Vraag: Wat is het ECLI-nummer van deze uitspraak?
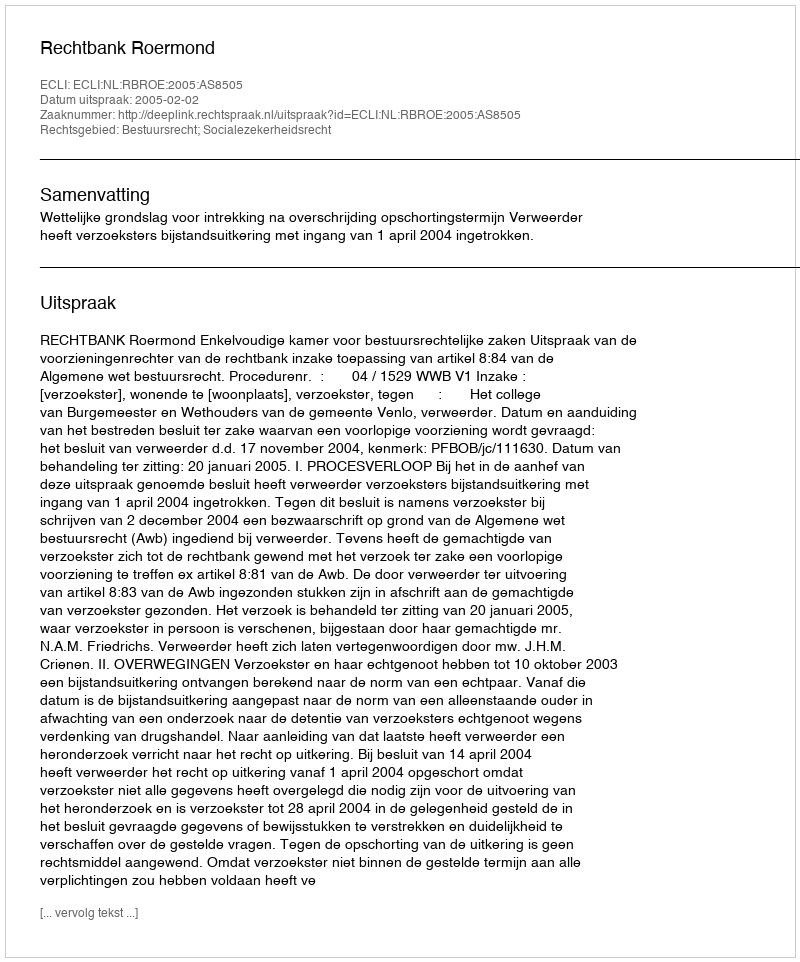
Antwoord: ECLI:NL:RBROE:2005:AS8505